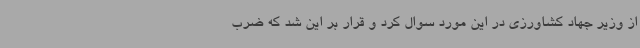
از وزیر جهاد کشاورزی در این مورد سوال کرد و قرار بر این شد که ضرب